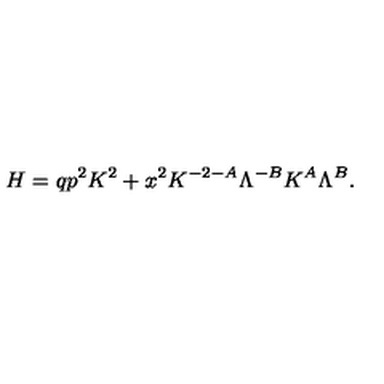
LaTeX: H = q p ^ { 2 } K ^ { 2 } + x ^ { 2 } K ^ { - 2 - A } \Lambda ^ { - B } K ^ { A } \Lambda ^ { B } .